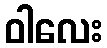
ဝါလေး